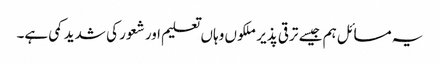
یہ مسائل ہم جیسے ترقی پذیر ملکوں وہاں تعلیم اور شعور کی شدید کمی ہے۔